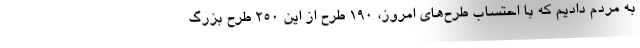
به مردم دادیم که با احتساب طرح‌های امروز، ۱۹۰ طرح از این ۲۵۰ طرح بزرگ